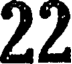
22